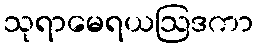
သုရာမေရယဩဒကာ